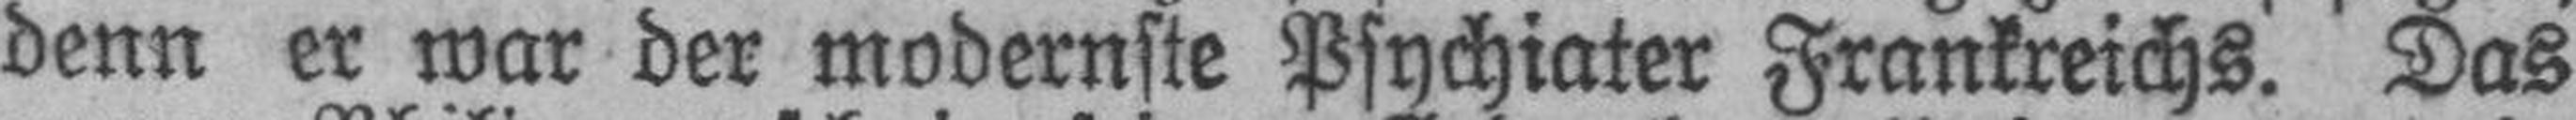
denn er war der modernste Psychiater Frankreichs. Das